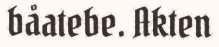
båatebe. Akten